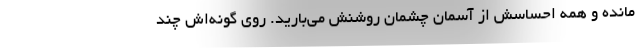
مانده و همه احساسش از آسمان چشمان روشنش می‌بارید. روی گونه‌اش چند